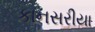
કાનસરીયા